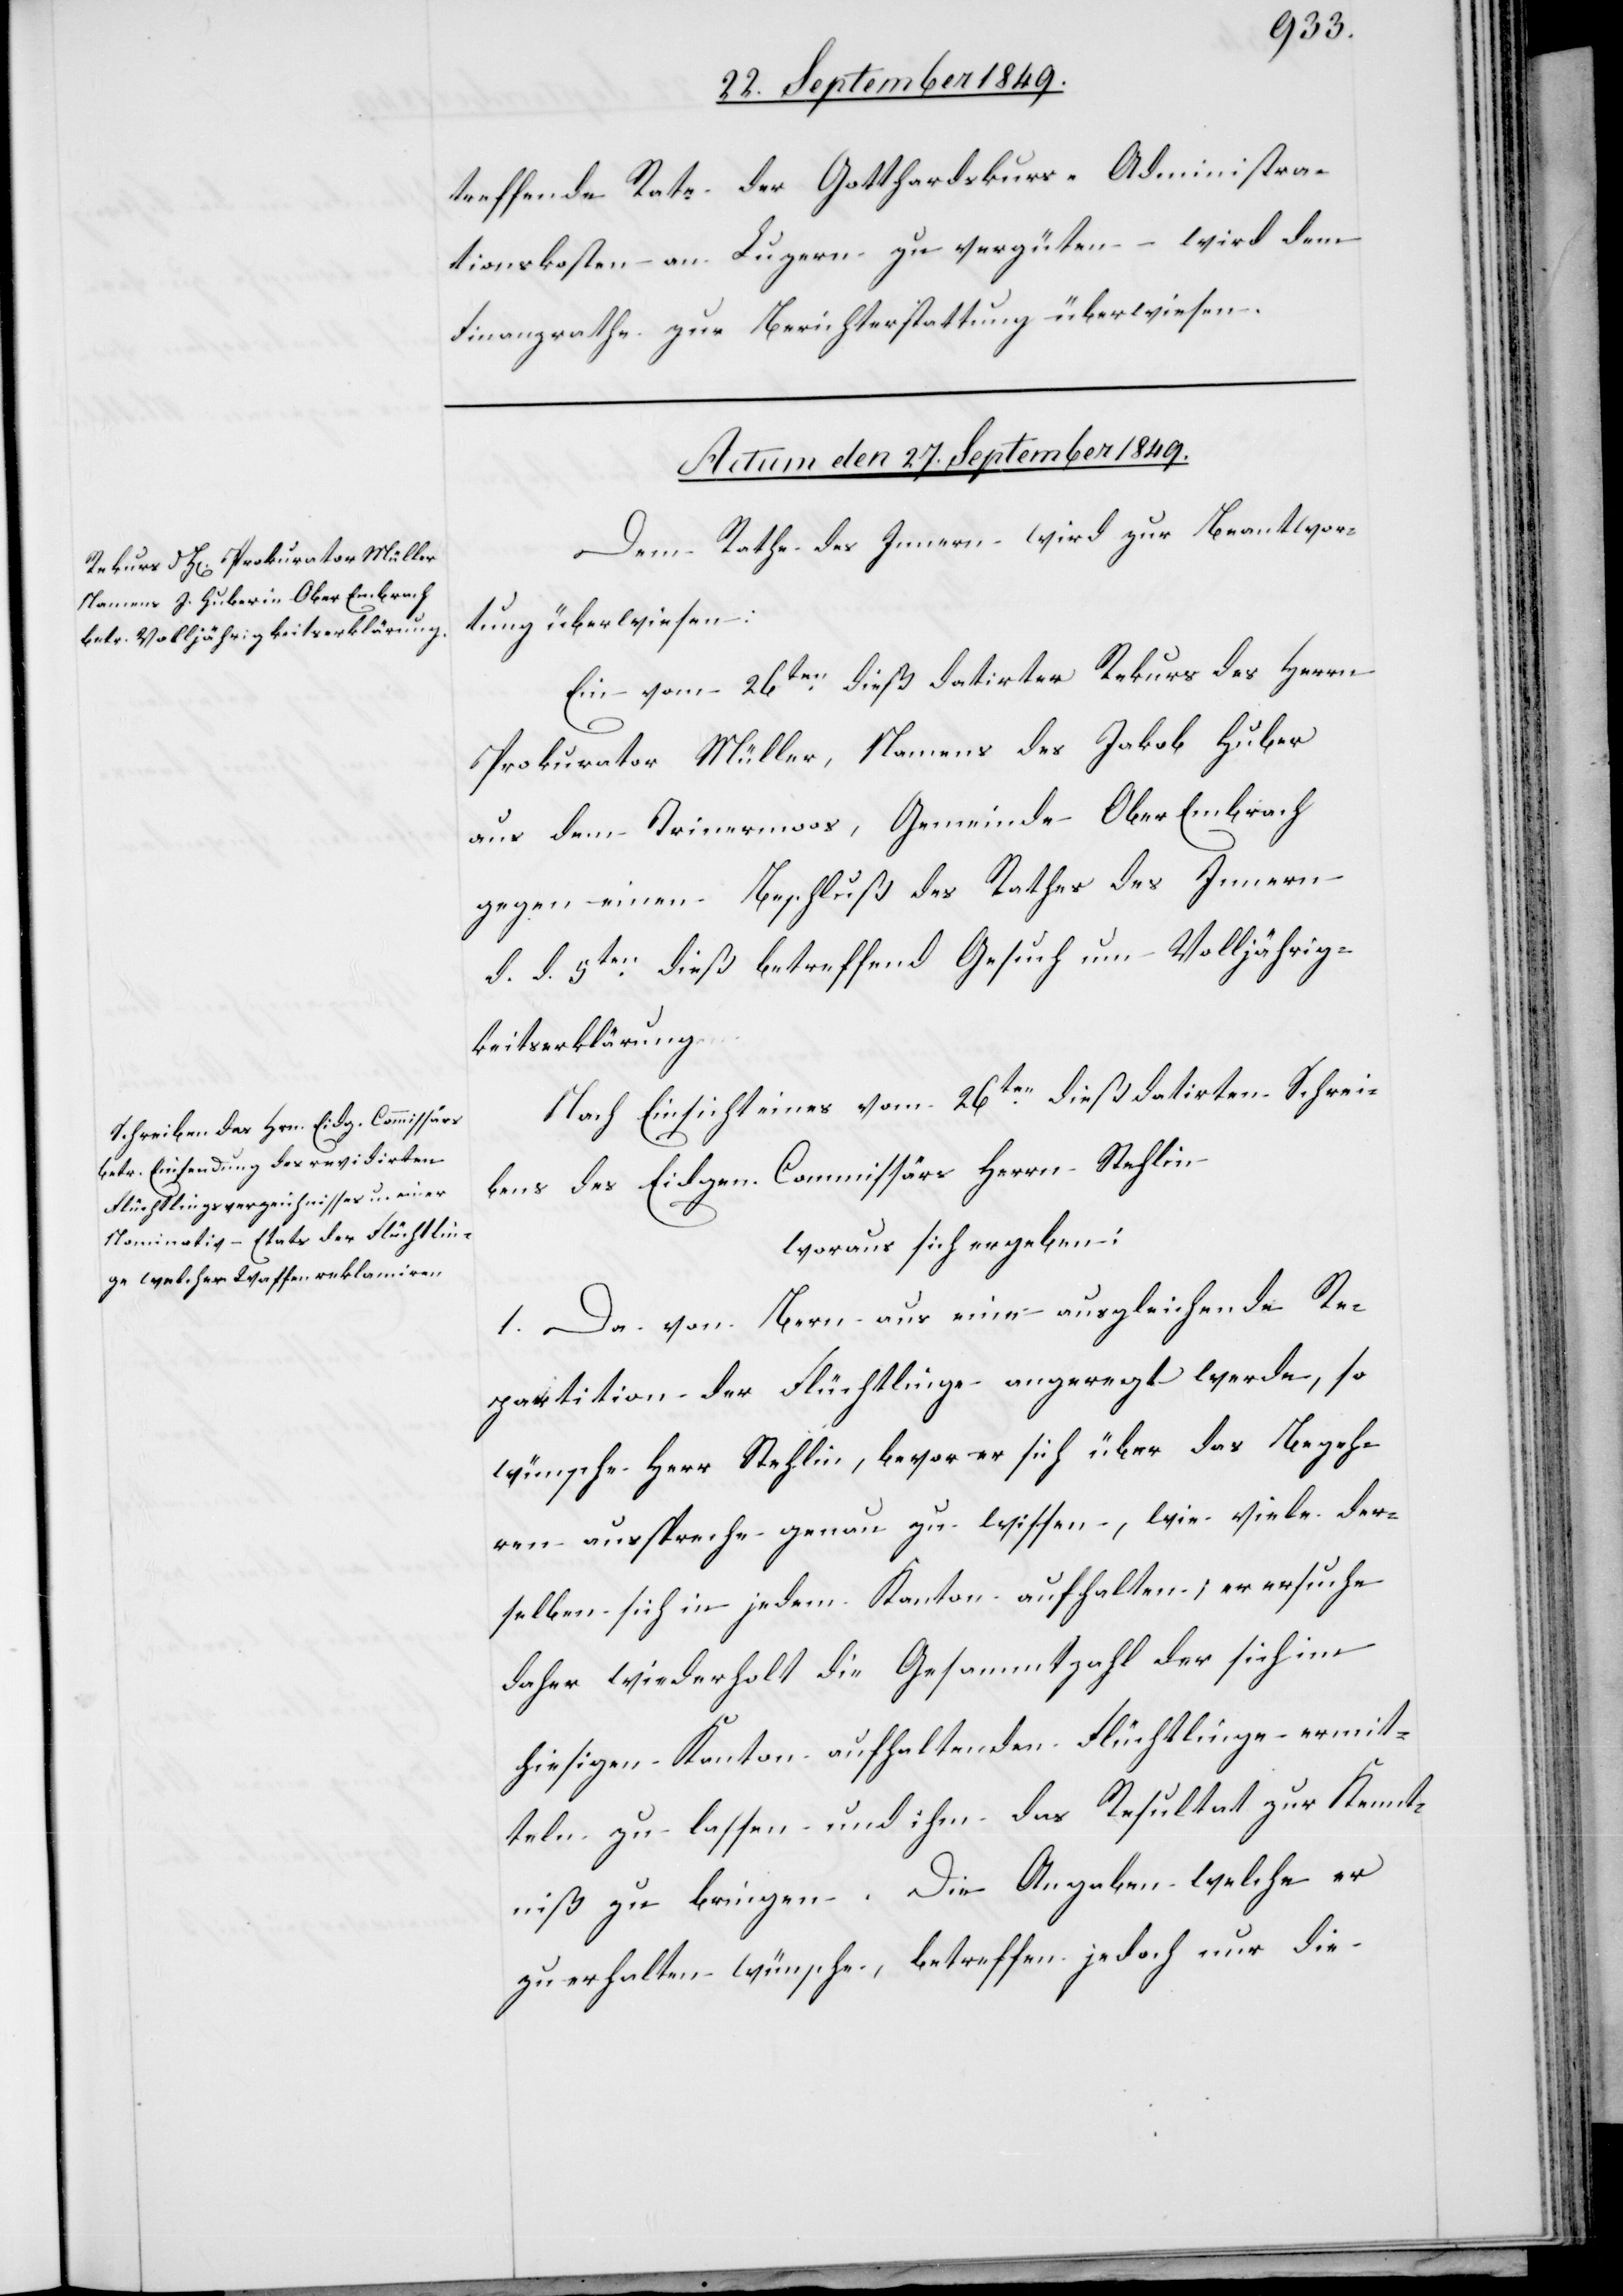
treffende Rate der Gotthardskurs-Administra¬
tionskosten an Luzern zu vergüten wird dem
Finanzrathe zur Berichterstattung überwiesen.
Actum den 27 September 1849.]
Dem Rathe des Innern wird zur Beantwor¬
tung überwiesen:
Ein vom 26ten dieß datirter Rekurs des Herrn
Prokurator Müller, Namens des Jakob Huber
aus dem Trinermoos, Gemeinde Ober Embrach
gegen einen Beschluß des Rathes des Innern
d. d. 5ten dieß betreffend Gesuch um Volljährig¬
keitserklärung.
Nach Einsicht vom 26ten dieß datirten Schrei¬
bens des Eidgen. Commissär Herrn Stehlin
woraus sich ergeben:
1. Da von Bern aus eine ausgleichende Re¬
partition der Flüchtlinge angeregt werde, so
wünsche Herr Stehlin, bevor er sich über das Begeh¬
ren ausspreche genau zu wissen, wie viele der¬
selben sich in jedem Kanton aufhalten; er ersuche
daher wiederholt die Gesammtzahl der sich im
hiesigen Kanton aufhaltenden Flüchtlinge ermit¬
teln zu lassen und ihm das Resultat zur Kennt¬
niß zu bringen. Die Angaben welche er
zu erhalten wünsche, betreffen jedoch nur die